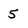
Character: 5